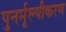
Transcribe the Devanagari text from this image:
पुनर्मूल्यीकरण